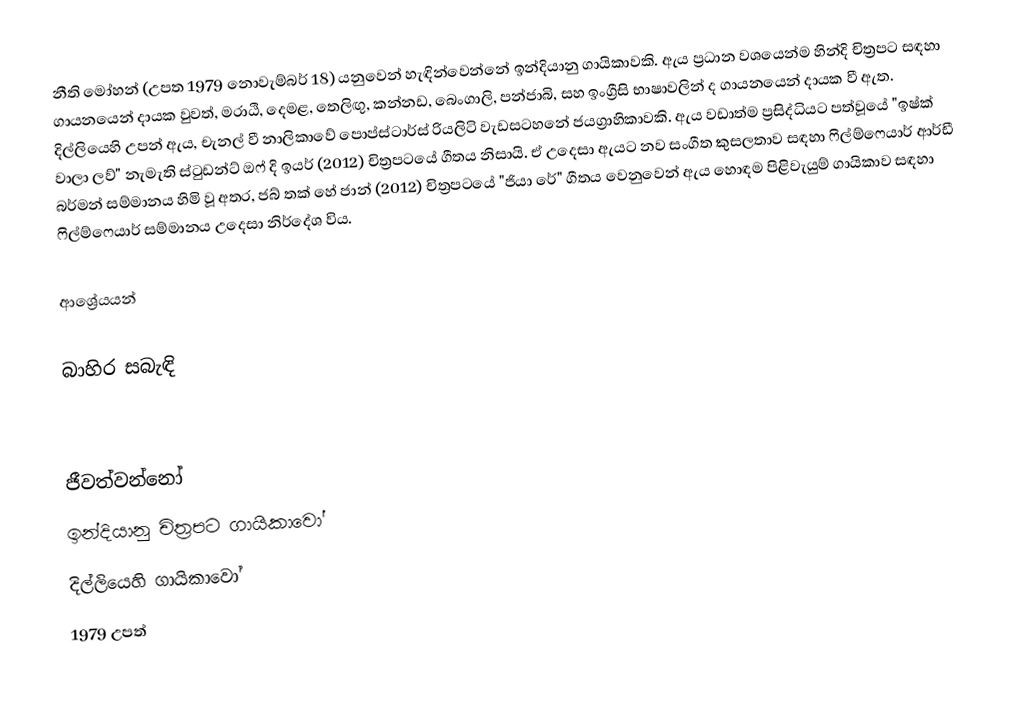
නීති මෝහන් (උපත 1979 නොවැම්බර් 18) යනුවෙන් හැඳින්වෙන්නේ ඉන්දියානු ගායිකාවකි. ඇය ප්‍රධාන වශයෙන්ම හින්දි චිත්‍රපට සඳහා ගායනයෙන් දායක වුවත්, මරාඨි, දෙමළ, තෙලිඟු, කන්නඩ, බෙංගාලි, පන්ජාබි, සහ ඉංග්‍රීසි භාෂාවලින් ද ගායනයෙන් දායක වී ඇත. දිල්ලියෙහි උපන් ඇය, චැනල් වී නාලිකාවේ පොප්ස්ටාර්ස් රියලිටි වැඩසටහනේ ජයග්‍රාහිකාවකි. ඇය වඩාත්ම ප්‍රසිද්ධියට පත්වූයේ "ඉෂ්ක් වාලා ලව්" නැමැති ස්ටුඩන්ට් ඔෆ් දි ඉයර් (2012) චිත්‍රපටයේ ගීතය නිසායි. ඒ උදෙසා ඇයට නව සංගීත කුසලතාව සඳහා ෆිල්ම්ෆෙයාර් ආර්ඩී බර්මන් සම්මානය හිමි වූ අතර, ජබ් තක් හේ ජාන් (2012) චිත්‍රපටයේ "ජියා රේ" ගීතය වෙනුවෙන් ඇය හොඳම පිළිවැයුම් ගායිකාව සඳහා ෆිල්ම්ෆෙයාර් සම්මානය උදෙසා නිර්දේශ විය.

ආශ්‍රේයයන්

බාහිර සබැඳි

ජීවත්වන්නෝ
ඉන්දියානු චිත්‍රපට ගායිකාවෝ
දිල්ලියෙහි ගායිකාවෝ
1979 උපත්